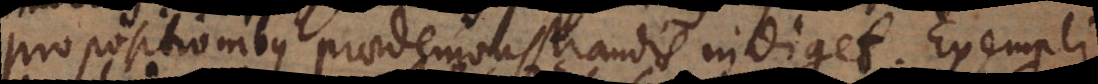
propositionibus praedemonstrandis indiget. Exempli